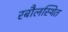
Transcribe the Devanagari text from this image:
रबौलस्थित